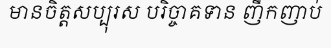
មានចិត្តសប្បុរស បរិច្ចាគទាន ញឹកញាប់